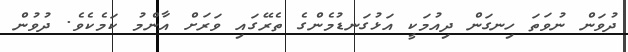
ދުވަން ނުވަތަ ހިނގަން ދިއުމަކީ އަޅުގަނޑުމެންގެ ތެރޭގައި ވަރަށް އާންމު ކަމެކެވެ. ދުވުން